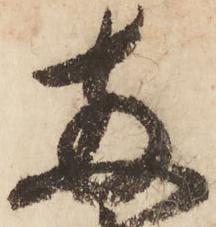
両